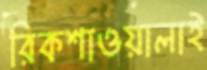
রিকশাওয়ালাই